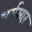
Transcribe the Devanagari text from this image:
धर्मसारं